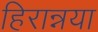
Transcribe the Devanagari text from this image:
हिरान्नया